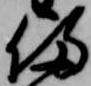
備